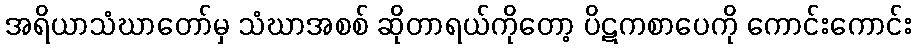
အရိယာသံဃာတော်မှ သံဃာအစစ် ဆိုတာရယ်ကိုတော့ ပိဋကစာပေကို ကောင်းကောင်း